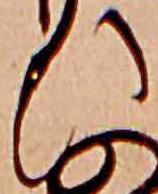
ひ